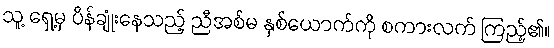
သူ့ ရှေ့မှ ပိန်ချုံးနေသည့် ညီအစ်မ နှစ်ယောက်ကို စကားလက် ကြည့်၏။